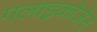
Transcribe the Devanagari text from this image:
गलाइकोजेन